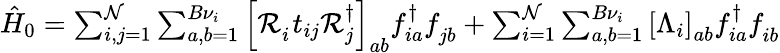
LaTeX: \begin{array}{r}{\hat{H}_{0}=\sum_{i,j=1}^{\mathcal{N}}\sum_{a,b=1}^{B{\nu}_{i}}\left[\mathcal{R}_{i}^{\phantom{\dagger}}t_{ij}\mathcal{R}_{j}^{\dagger}\right]_{ab}f_{ia}^{\dagger}f_{jb}^{\phantom{\dagger}}+\sum_{i=1}^{\mathcal{N}}\sum_{a,b=1}^{B{\nu}_{i}}\left[\Lambda_{i}\right]_{ab}f_{ia}^{\dagger}f_{ib}^{\phantom{\dagger}}}\end{array}